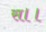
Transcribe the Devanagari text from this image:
स।।